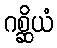
ဂစ္ဆိယံ